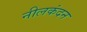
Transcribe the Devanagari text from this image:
नीलकंदन